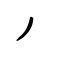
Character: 丿